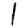
Digit: 1